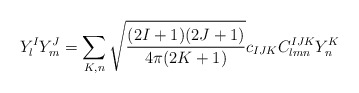
\begin{align*} Y^I_lY^J_m = \sum_{K,n} \sqrt{\frac{(2I+1)(2J+1)}{4\pi(2K+1)}} c_{IJK}C^{IJK}_{lmn}Y_n^K\end{align*}